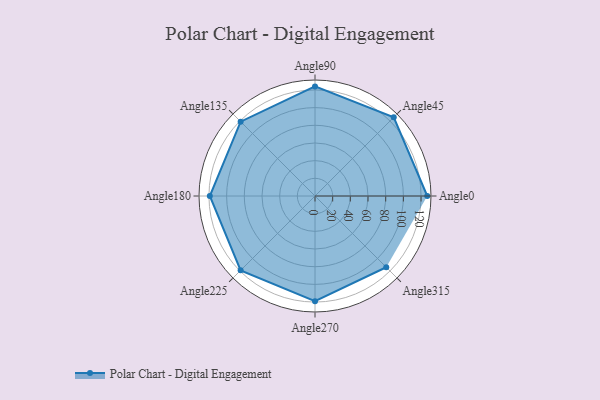
{"axis": {"x": "Angle", "y": "Radius"}, "legend": [""], "data": [{"x": "Angle0", "y": 127.0, "type": ""}, {"x": "Angle45", "y": 126.0, "type": ""}, {"x": "Angle90", "y": 124.0, "type": ""}, {"x": "Angle135", "y": 119.0, "type": ""}, {"x": "Angle180", "y": 119.0, "type": ""}, {"x": "Angle225", "y": 119.0, "type": ""}, {"x": "Angle270", "y": 119.0, "type": ""}, {"x": "Angle315", "y": 114.0, "type": ""}]}